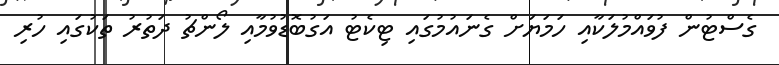
ގެސްޓުން ފުވައްމުލަކާއި ހަމަޔަށް ގެނައުމުގައި ޓިކެޓު އަގުބޮޑުވުމާއި ލޯންޗު ދަތުރު ތަކުގައި ހުރި